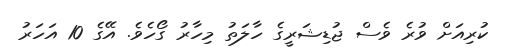
ކުރިއަށް ވުރެ ވެސް ޖުޑިޝަރީގެ ހާލަތު މިހާރު ގޯހެވެ. އޭގެ 10 އަހަރު